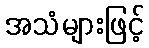
အသံများဖြင့်